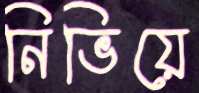
নিভিয়ে